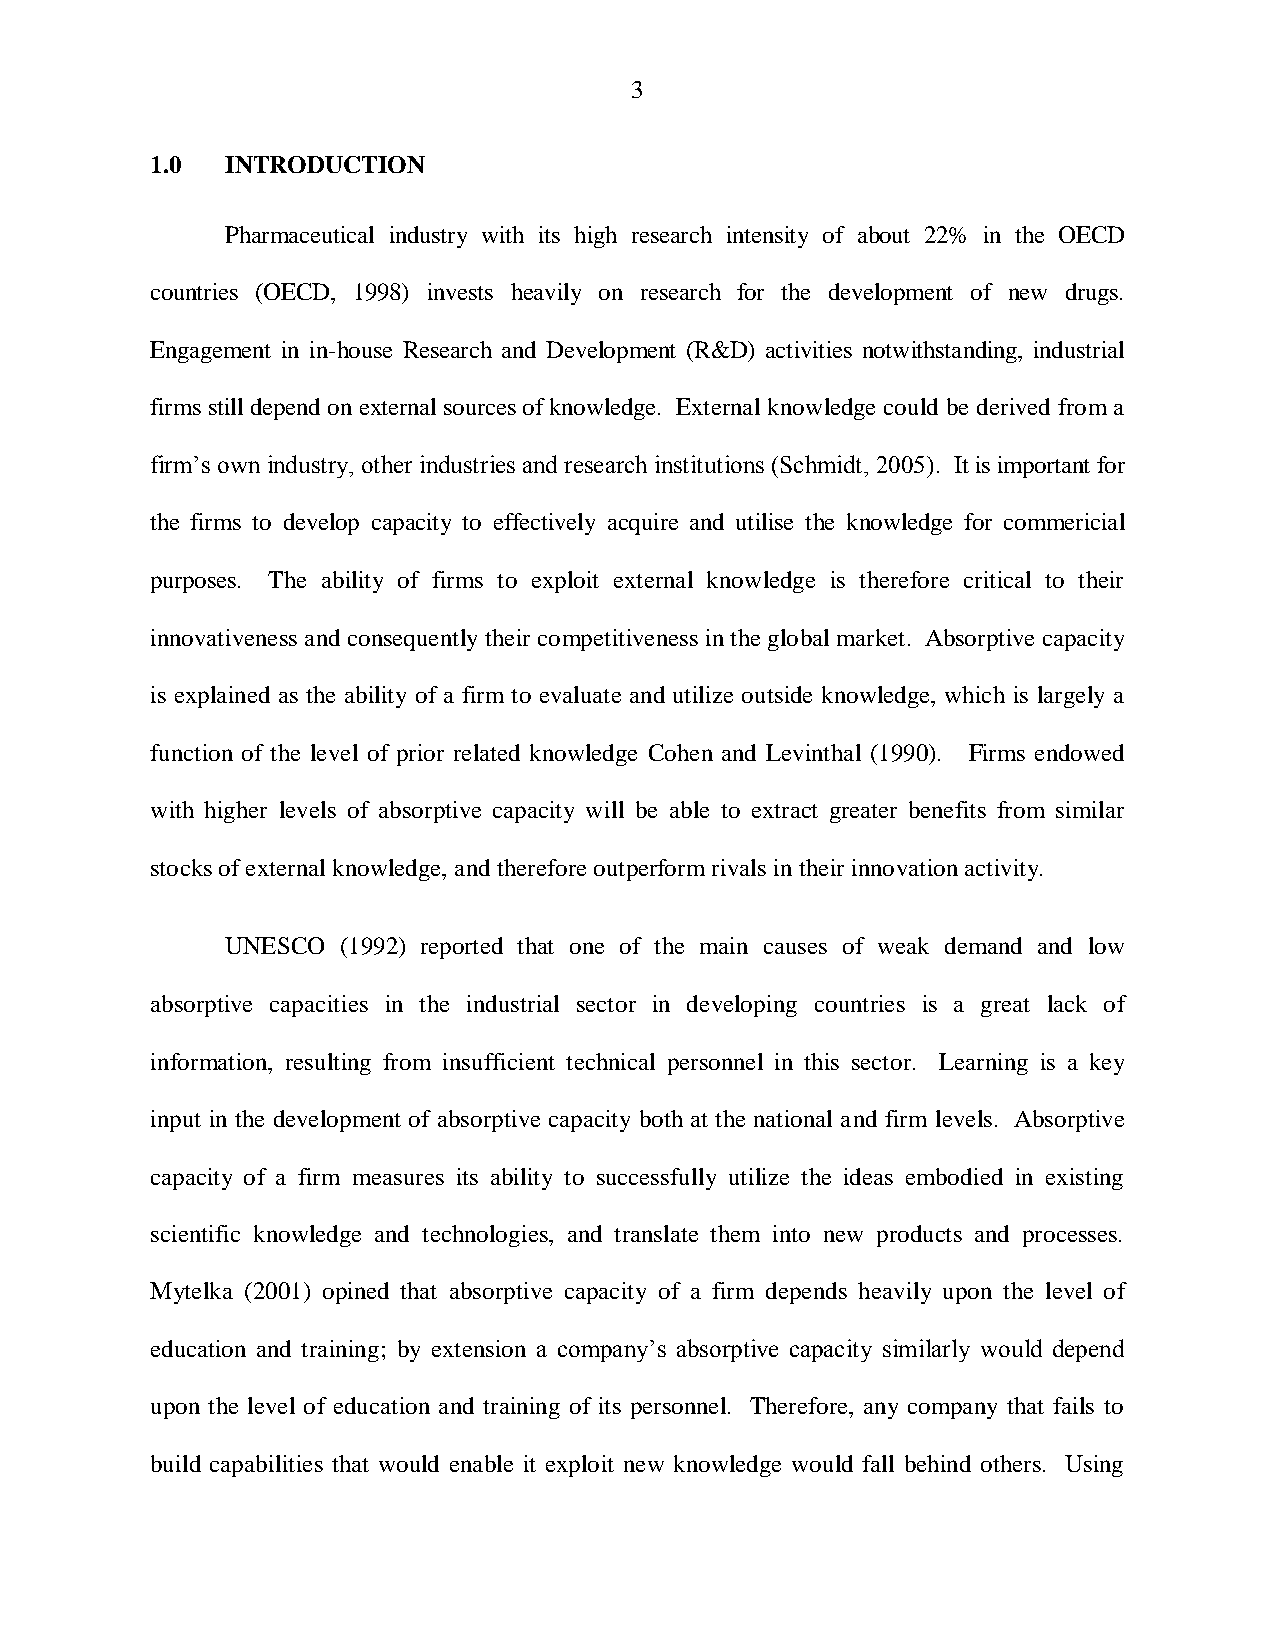
3
 1.0  INTRODUCTION
 Pharmaceutical industry with its high research intensity of about 22% in the OECD
 countries (OECD, 1998) invests heavily on research for the development of new drugs.
 Engagement in in-house Research and Development (R&D) activities notwithstanding, industrial
 firms still depend on external sources of knowledge. External knowledge could be derived from a
 firm‟s own industry, other industries and research institutions (Schmidt, 2005). It is important for
 the firms to develop capacity to effectively acquire and utilise the knowledge for commericial
 purposes. The ability of firms to exploit external knowledge is therefore critical to their
 innovativeness and consequently their competitiveness in the global market. Absorptive capacity
 is explained as the ability of a firm to evaluate and utilize outside knowledge, which is largely a
 function of the level of prior related knowledge Cohen and Levinthal (1990). Firms endowed
 with higher levels of absorptive capacity will be able to extract greater benefits from similar
 stocks of external knowledge, and therefore outperform rivals in their innovation activity.
 UNESCO (1992) reported that one of the main causes of weak demand and low
 absorptive capacities in the industrial sector in developing countries is a great lack of
 information, resulting from insufficient technical personnel in this sector. Learning is a key
 input in the development of absorptive capacity both at the national and firm levels. Absorptive
 capacity of a firm measures its ability to successfully utilize the ideas embodied in existing
 scientific knowledge and technologies, and translate them into new products and processes.
 Mytelka (2001) opined that absorptive capacity of a firm depends heavily upon the level of
 education and training; by extension a company‟s absorptive capacity similarly would depend
 upon the level of education and training of its personnel. Therefore, any company that fails to
 build capabilities that would enable it exploit new knowledge would fall behind others. Using